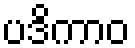
ပဒိကာဝ